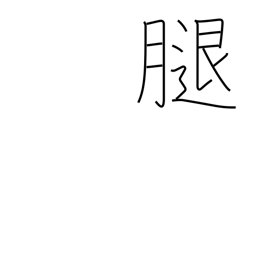
Meaning: femur